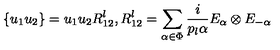
\{ u _ { 1 } u _ { 2 } \} = u _ { 1 } u _ { 2 } R _ { 1 2 } ^ { l } , R _ { 1 2 } ^ { l } = \sum _ { \alpha \in \Phi } { \frac { i } { p _ { l } \alpha } } E _ { \alpha } \otimes E _ { - \alpha }